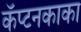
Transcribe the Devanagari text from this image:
कॅप्टनकाका